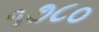
૧૭૮૦